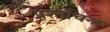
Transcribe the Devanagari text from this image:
प्रश्‍नचिन्ह